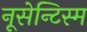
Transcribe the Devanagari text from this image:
नूसेन्टिस्म